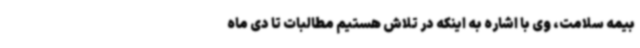
بیمه سلامت، وی با اشاره به اینکه در تلاش هستیم مطالبات تا دی ماه